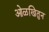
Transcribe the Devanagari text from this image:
ओळखितुन